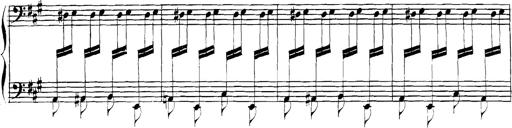
Title: Spinnerlied aus dem Fliegenden HollÃ¤nder
Composer: Franz Liszt